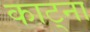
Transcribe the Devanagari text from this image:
काट्ना